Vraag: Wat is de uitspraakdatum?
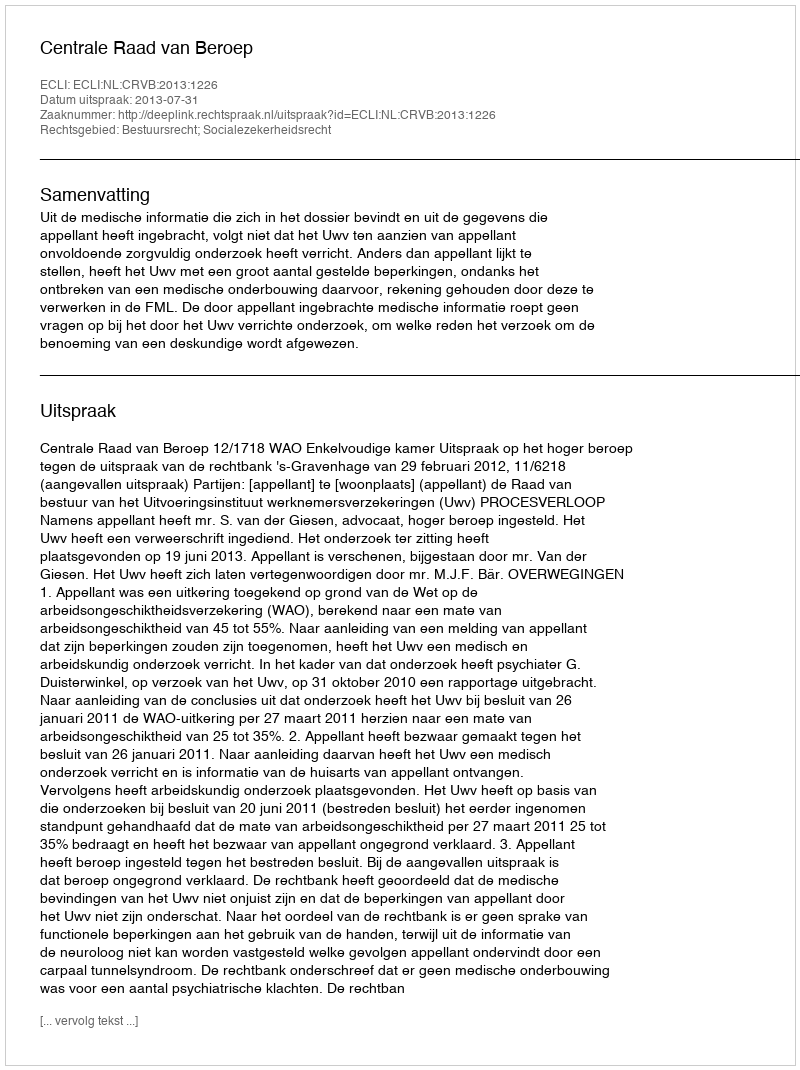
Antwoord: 2013-07-31